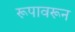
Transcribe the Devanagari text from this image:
रूपावरून